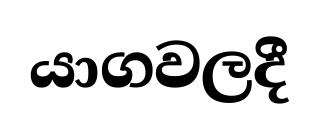
යාගවලදී